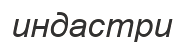
индастри